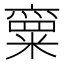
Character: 𱹝